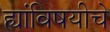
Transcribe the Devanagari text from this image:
ह्यांविषयीचे